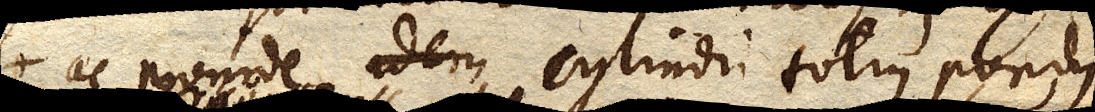
ac proinde cylindri totius pondus